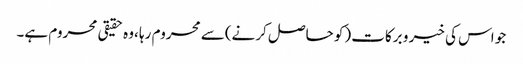
جو اس کی خیر و برکات (کو حاصل کرنے)سے محروم رہا ،وہ حقیقی محروم ہے۔